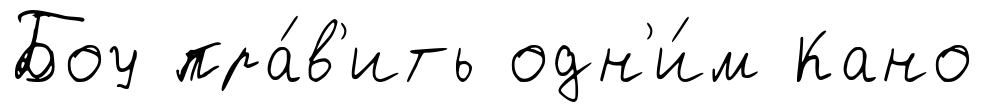
Боу пра́в'ить одн'и́м Кано